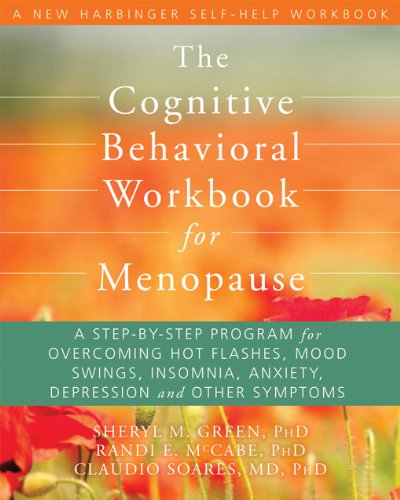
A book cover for The Cognitive Behavioral Workbook for Menopause: A Step-by-Step Program for Overcoming Hot Flashes, Mood Swings, Insomnia, Anxiety, Depression, and Other Symptoms (New Harbinger Self-Help Workbook); Sheryl M Green PhD; Health, Fitness & Dieting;